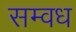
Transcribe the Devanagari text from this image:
सम्वध